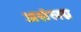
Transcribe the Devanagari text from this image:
असंलग्न